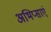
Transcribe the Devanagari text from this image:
अभिप्साएं